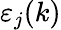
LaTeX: \varepsilon_{j}(k)